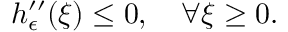
h _ { \epsilon } ^ { \prime \prime } ( \xi ) \leq 0 , \quad \forall \xi \geq 0 .